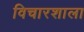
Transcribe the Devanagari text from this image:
विचारशाला